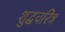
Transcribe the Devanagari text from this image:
शुद्धचरित्र